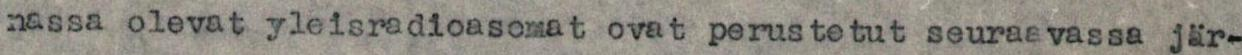
nassa olevat yleisradioasomat ovat perustetut seuraavassa jär-